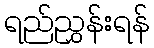
ရည်ညွှန်းရန်